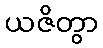
ယဇိတွာ